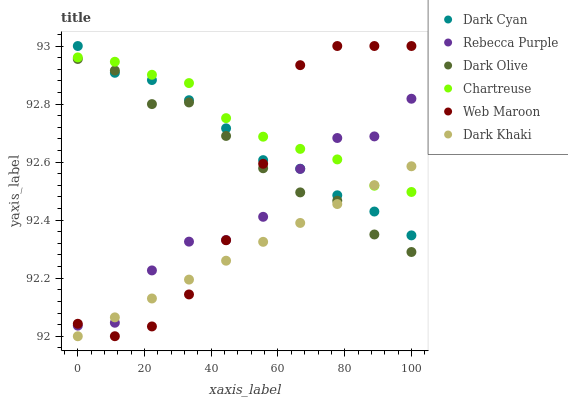
| xaxis_label | Dark Cyan | Rebecca Purple | Dark Olive | Chartreuse | Web Maroon | Dark Khaki |
 | --- | --- | --- | --- | --- | --- | --- |
 | 0 | 93 | 92 | 93 | 93 | 92 | 92 |
 | 11.1 | 92.9 | 92 | 92.9 | 92.9 | 92 | 92.1 |
 | 22.2 | 92.9 | 92.2 | 92.8 | 92.9 | 92 | 92.1 |
 | 33.3 | 92.8 | 92.3 | 92.8 | 92.9 | 92.1 | 92.2 |
 | 44.4 | 92.7 | 92.3 | 92.7 | 92.8 | 92.3 | 92.3 |
 | 55.6 | 92.6 | 92.4 | 92.6 | 92.7 | 92.6 | 92.3 |
 | 66.7 | 92.6 | 92.6 | 92.5 | 92.6 | 92.9 | 92.4 |
 | 77.8 | 92.5 | 92.7 | 92.5 | 92.6 | 93 | 92.5 |
 | 88.9 | 92.4 | 92.7 | 92.4 | 92.5 | 93 | 92.5 |
 | 100 | 92.3 | 92.8 | 92.3 | 92.5 | 93 | 92.6 |